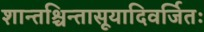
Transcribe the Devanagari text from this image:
शान्तश्चिन्तासूयादिवर्जितः